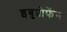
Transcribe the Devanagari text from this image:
इबुप्रोफेंन